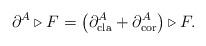
LaTeX: \begin{align*}\partial^{A}\triangleright F=\left( \partial_{\operatorname*{cla}}^{A}+\partial_{\operatorname*{cor}}^{A}\right) \triangleright F.\end{align*}